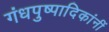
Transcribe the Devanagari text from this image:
गंधपुष्पादिकांनीं